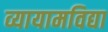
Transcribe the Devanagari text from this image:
व्यायामविद्या